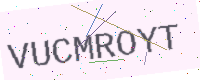
Text: VUCMROYT